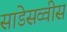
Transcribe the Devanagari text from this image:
साडेसव्वीस